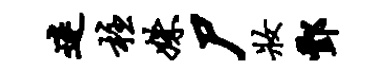
迷柱姝尸妆酆